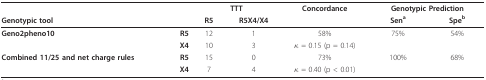
<table><thead><tr><td></td><td></td><td colspan="2"><b>TTT</b></td><td><b>Concordance</b></td><td colspan="2"><b>Genotypic Prediction</b></td></tr><tr><td><b>Genotypic tool</b></td><td></td><td><b>R5</b></td><td><b>R5X4/X4</b></td><td></td><td><b>Sen<sup>a</sup></b></td><td><b>Spe<sup>b</sup></b></td></tr></thead><tbody><tr><td><b>Geno2pheno10</b></td><td><b>R5</b></td><td>12</td><td>1</td><td>58%</td><td>75%</td><td>54%</td></tr><tr><td></td><td><b>X4</b></td><td>10</td><td>3</td><td>κ = 0.15 (p = 0.14)</td><td></td><td></td></tr><tr><td><b>Combined 11/25 and net charge rules</b></td><td><b>R5</b></td><td>15</td><td>0</td><td>73%</td><td>100%</td><td>68%</td></tr><tr><td></td><td><b>X4</b></td><td>7</td><td>4</td><td>κ = 0.40 (p &lt; 0.01)</td><td></td><td></td></tr></tbody></table>